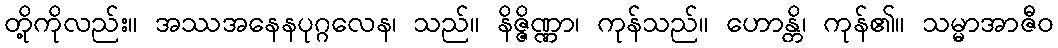
တို့ကိုလည်း။ အဿအနေနပုဂ္ဂလေန၊ သည်။ နိဇ္ဇိဏ္ဏာ၊ ကုန်သည်။ ဟောန္တိ၊ ကုန်၏။ သမ္မာအာဇီဝ